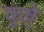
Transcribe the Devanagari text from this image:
कुष्टे